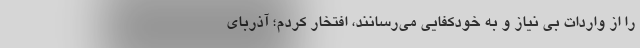
را از واردات بی نیاز و به خودکفایی می‌رسانند، افتخار کردم؛ آذربای